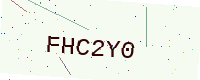
Text: FHC2Y0